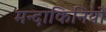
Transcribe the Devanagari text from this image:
मन्दाकिनियों